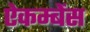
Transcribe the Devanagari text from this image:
ऐकम्बेंस